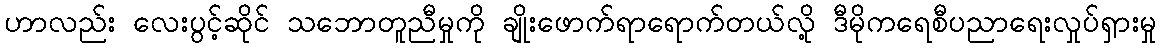
ဟာလည်း လေးပွင့်ဆိုင် သဘောတူညီမှုကို ချိုးဖောက်ရာရောက်တယ်လို့ ဒီမိုကရေစီပညာရေးလှုပ်ရှားမှု